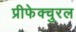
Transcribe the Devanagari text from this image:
प्रीफेक्चुरल